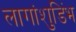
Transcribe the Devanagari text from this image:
लागांशुडिंभ